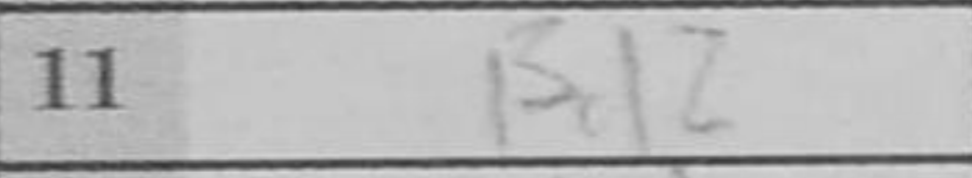
Transcription: Bd2